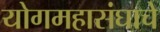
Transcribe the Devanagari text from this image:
योगमहासंघाचे